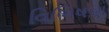
વિભિષણ